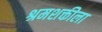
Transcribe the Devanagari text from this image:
श्रमशक्तीला